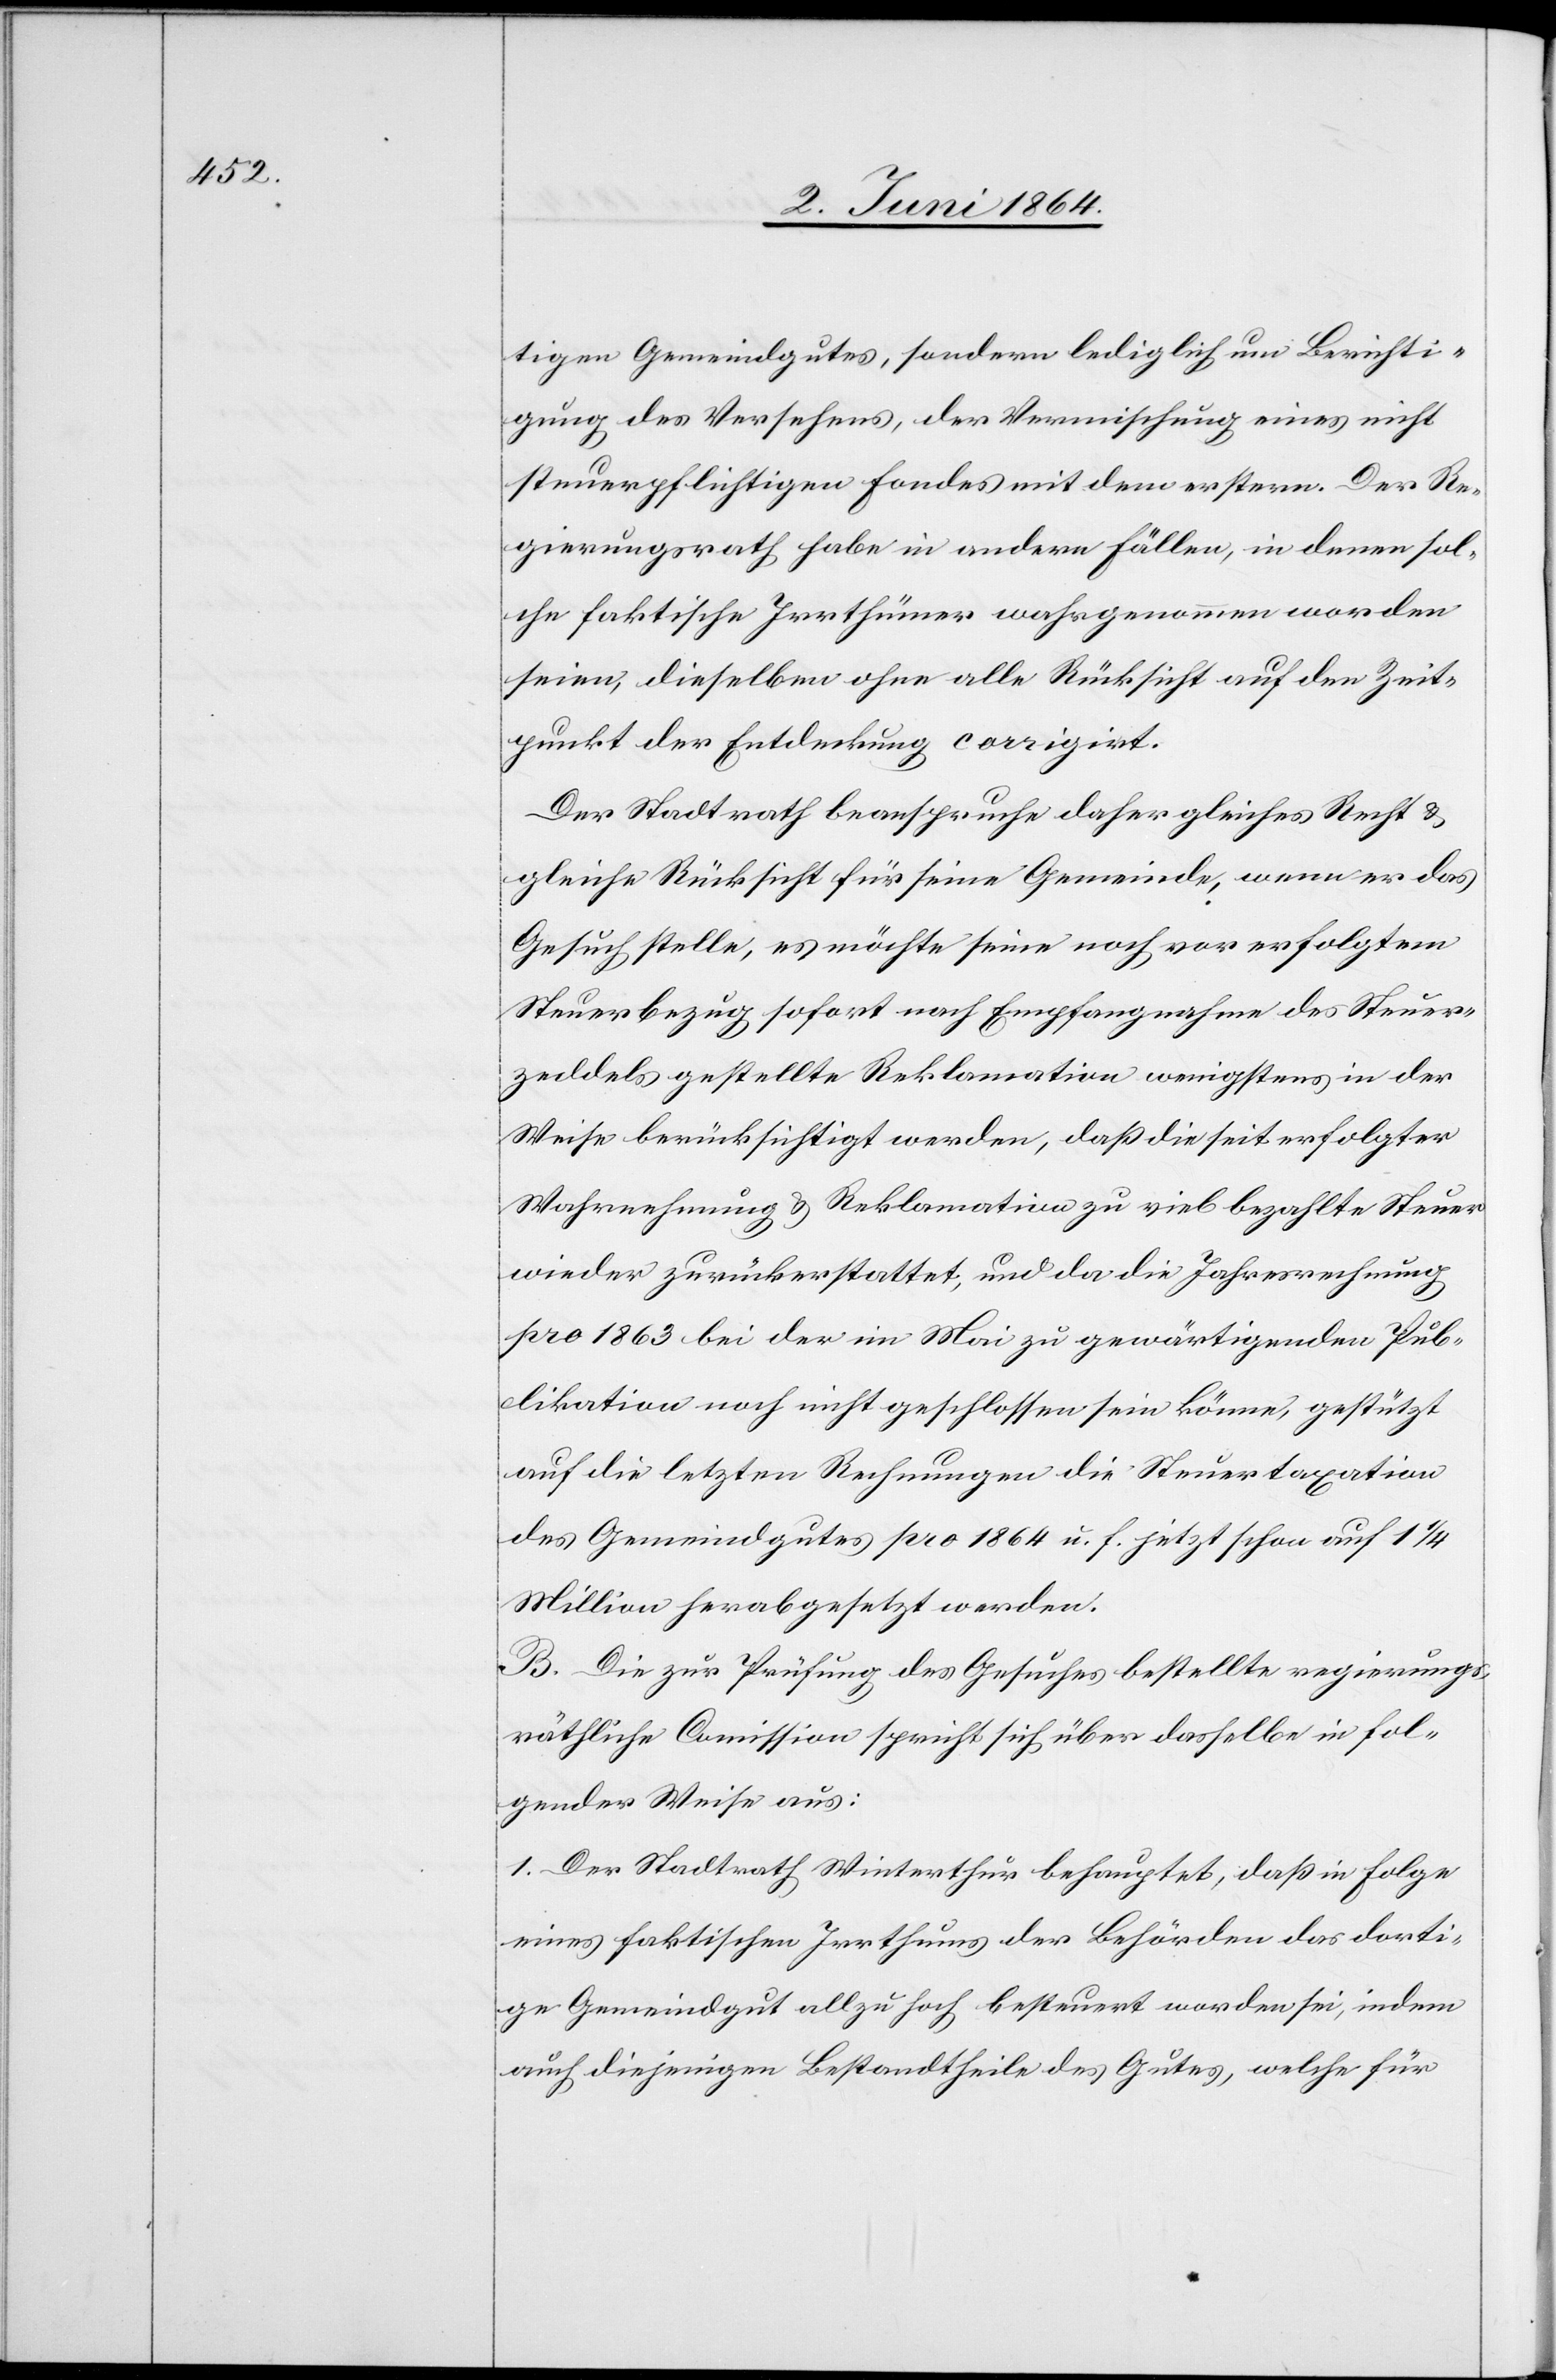
tigen Gemeindgutes, sondern lediglich um Berichti¬
gung des Versehens, der Vermischung eines nicht
steuerpflichtigen Fondes mit dem erstern. Der Re¬
gierungsrath habe in andern Fällen, in denen sol¬
che faktische Irrthümer wahrgenommen worden
seien, dieselben ohne alle Rücksicht auf den Zeit¬
punkt der Entdeckung corrigirt.
Der Stadtrath beanspruche daher gleiches Recht u.
gleiche Rücksicht für seine Gemeinde, wenn er das
Gesuch stelle, es möchte seine noch vor erfolgtem
Steuerbezug sofort nach Empfangnahme des Steuer¬
zeddels gestellte Reklamation wenigstens in der
Weise berücksichtigt werden, daß die seit erfolgter
Wahrnehmung u. Reklamation zu viel bezahlte Steuer
wieder zurückerstattet, und da die Jahresrechnung
pro 1863 bei der im Mai zu gewärtigenden Pub¬
likation noch nicht geschlossen sein könne, gestützt
auf die letzten Rechnungen die Steuertaxation
des Gemeindgutes pro 1864 u. f. jetzt schon auf 1 1/4
Million herabgesetzt werden.
B. Die zur Prüfung des Gesuches bestellte regierungs¬
räthliche Comission spricht sich über dasselbe in fol¬
gender Weise aus:
1. Der Stadtrath Winterthur behauptet, daß in Folge
eines faktischen Irrthums der Behörden das dorti¬
ge Gemeindgut allzu hoch besteuert worden sei, indem
auch diejenigen Bestandtheile des Gutes, welche für